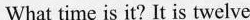
What time is it? It is twelve